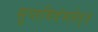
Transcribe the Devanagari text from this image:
सुप्तमिदंभवेत्॥